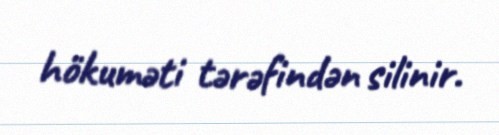
hökuməti tərəfindən silinir.